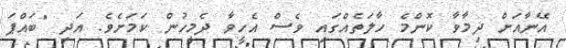
އޭނާއަށް ދިމާވާ ކޮންމެ ހާލަތެއްގައި ވެސް އެހީވާ ދެމީހުން ކަމަށެވެ. އަދި "ބައްޕަ